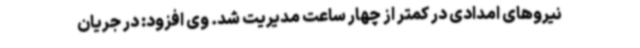
نیروهای امدادی در کمتر از چهار ساعت مدیریت شد. وی افزود: در جریان